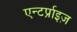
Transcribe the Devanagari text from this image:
एन्टर्प्राइज़